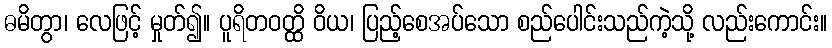
ဓမိတွာ၊ လေဖြင့် မှုတ်၍။ ပူရိတဝတ္ထိ ဝိယ၊ ပြည့်စေအပ်သော စည်ပေါင်းသည်ကဲ့သို့ လည်းကောင်း။